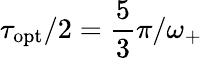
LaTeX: \tau_{\mathrm{opt}}/2=\frac{5}{3}\pi/\omega_{+}